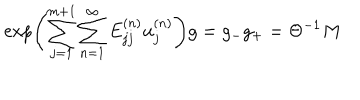
\exp \left( { \sum _ { j = 1 } ^ { m + 1 } \sum _ { n = 1 } ^ { \infty } E _ { j j } ^ { ( n ) } u _ { j } ^ { ( n ) } } \right) g = g _ { - } g _ { + } = \Theta ^ { - 1 } M